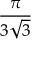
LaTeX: \frac { \pi } { 3 { \sqrt { 3 } } }